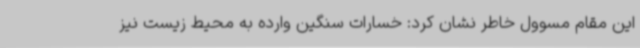
این مقام مسوول خاطر نشان کرد: خسارات سنگین وارده به محیط زیست نیز